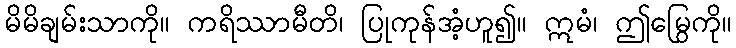
မိမိချမ်းသာကို။ ကရိဿာမီတိ၊ ပြုကုန်အံ့ဟူ၍။ ဣမံ၊ ဤမြွေကို။